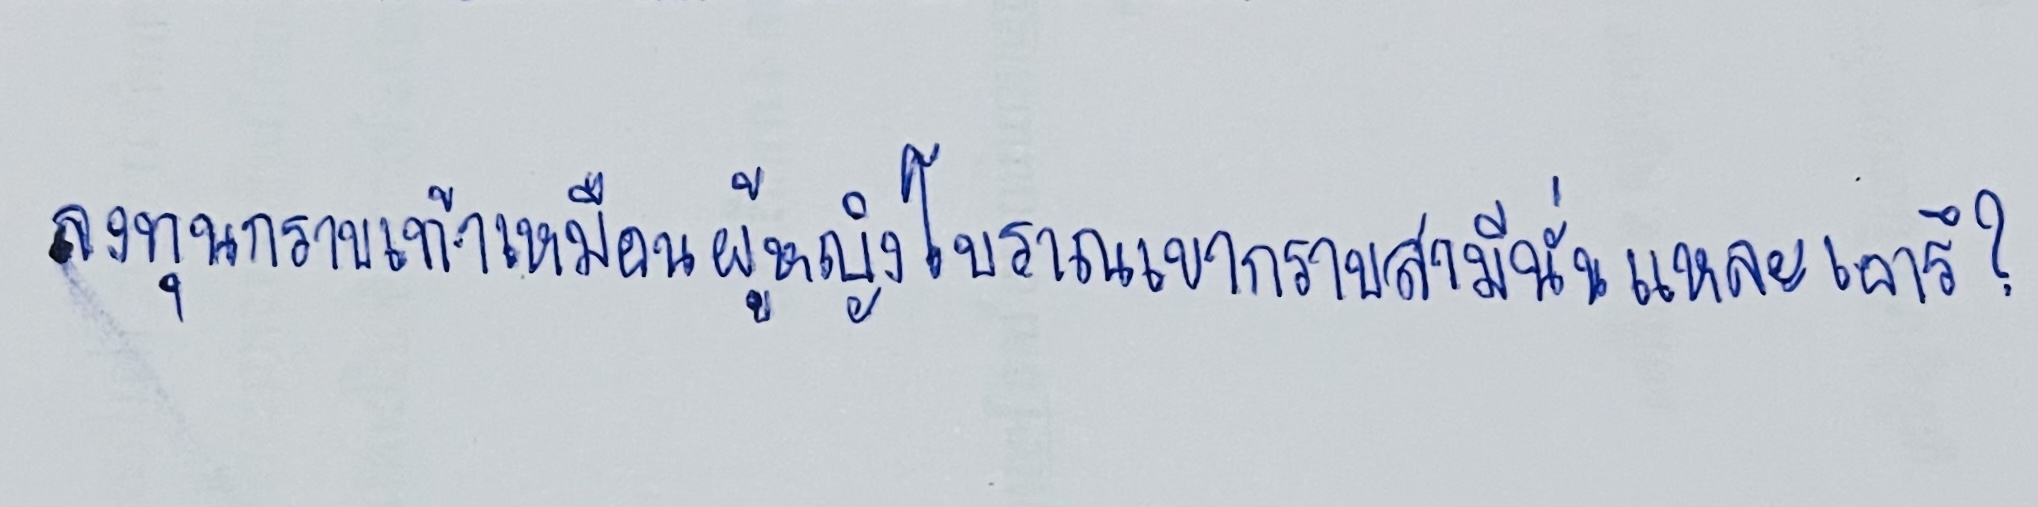
ลงทุนกราบเท้าเหมือนผู้หญิงโบราณเขากราบสามีนั่นแหละเอารึ?